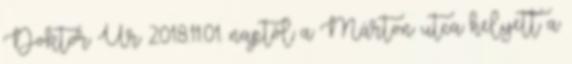
Doktor Úr 2018.11.01. naptól a Márton utca helyett a